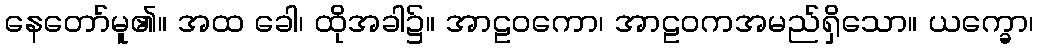
နေတော်မူ၏။ အထ ခေါ၊ ထိုအခါ၌။ အာဠဝကော၊ အာဠဝကအမည်ရှိသော။ ယက္ခော၊